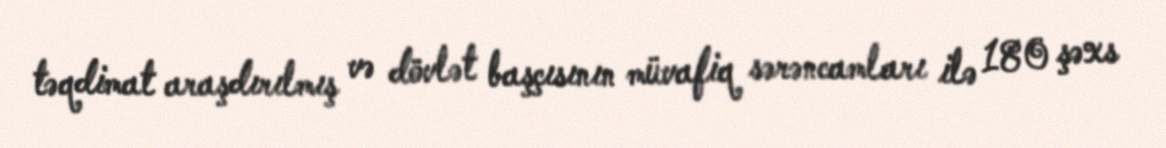
təqdimat araşdırılmış və dövlət başçısının müvafiq sərəncamları ilə 180 şəxs